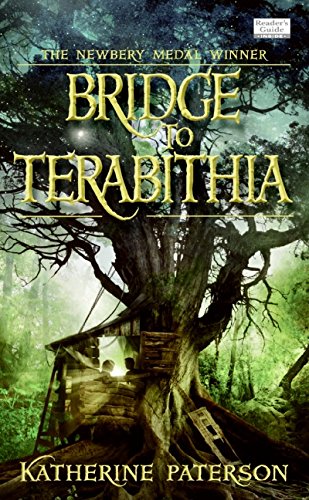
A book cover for Bridge to Terabithia; Katherine Paterson; Children's Books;